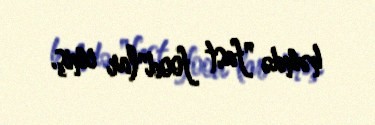
həmdə "fast food"lar imiş.